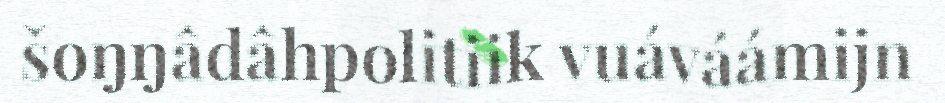
šoŋŋâdâhpolitiik vuáváámijn